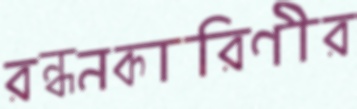
রন্ধনকারিণীর